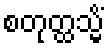
စတုတ္ထသ္မိံ